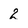
Character: 2